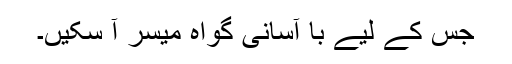
جس کے لیے با آسانی گواہ میسر آ سکیں۔